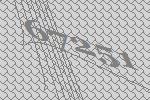
67251